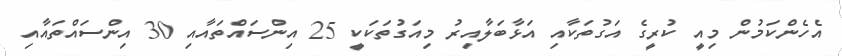
އެހެންކަމުން މިއީ ކުރީގެ އަގުތަކާއި އަޅާބަލާއިރު މިއަގުތަކަކީ 25 އިންސައްތައާއި 30 އިންސައްތައާއި